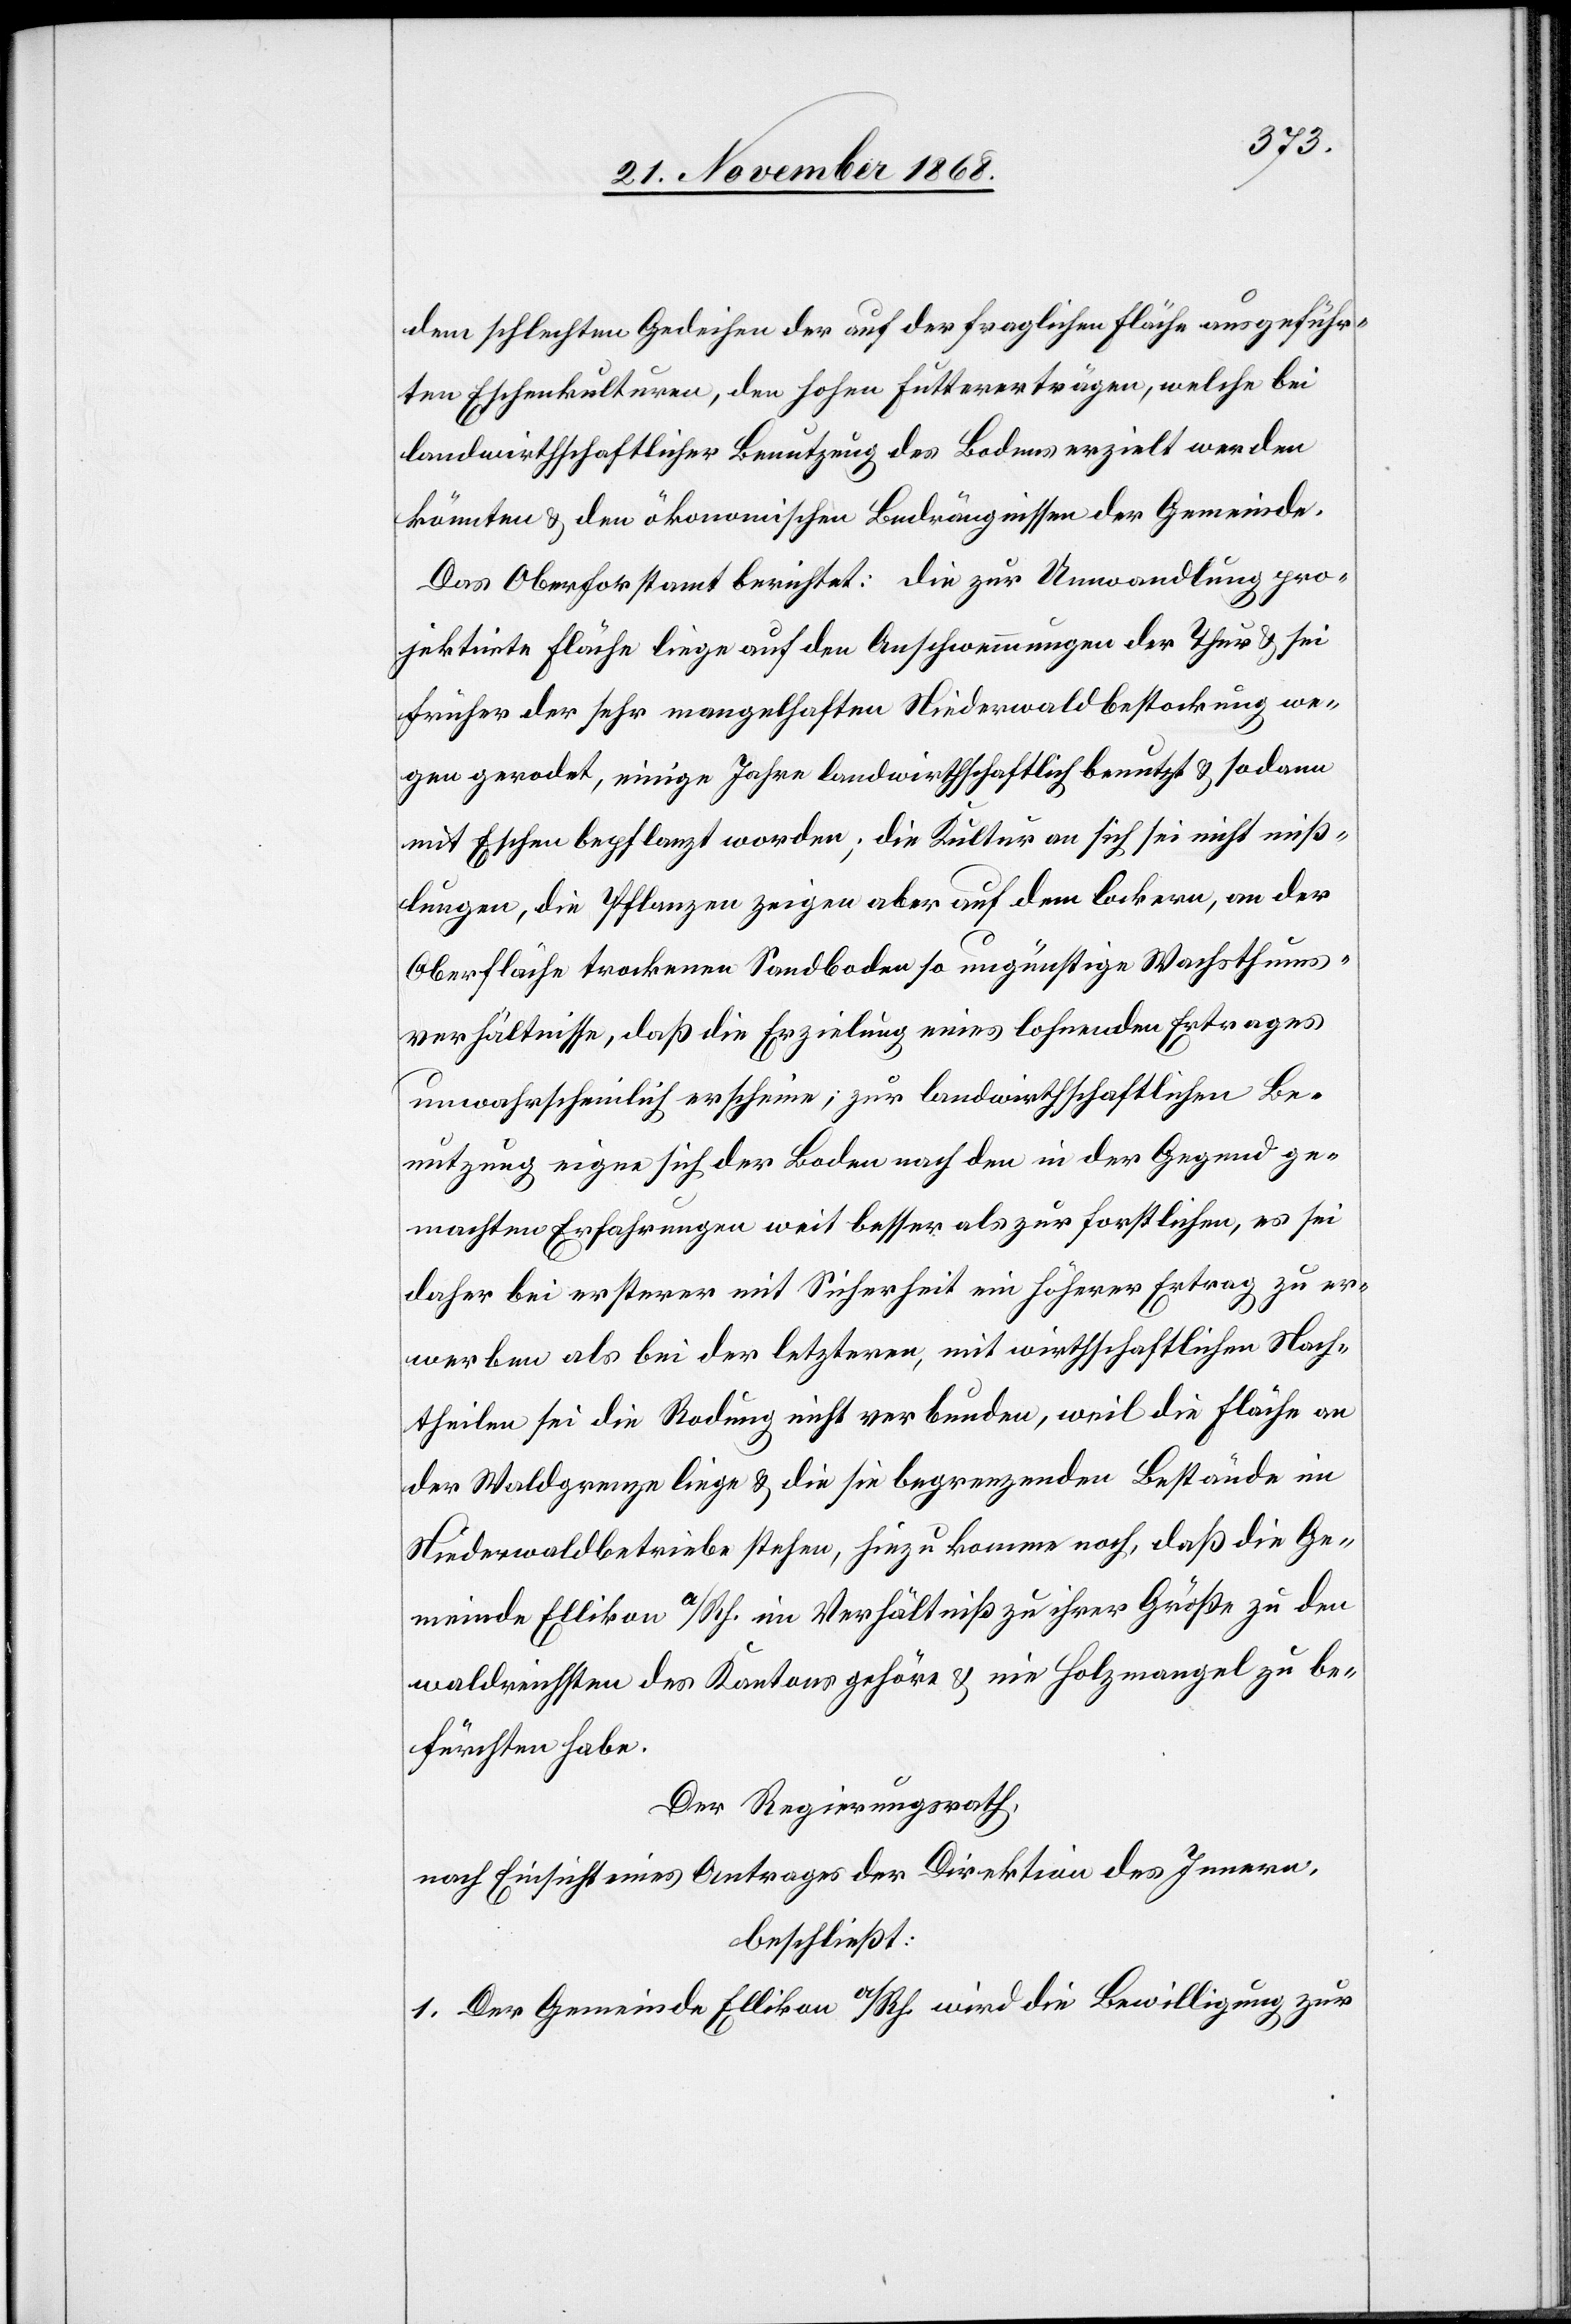
dem schlechten Gedeihen der auf der fraglichen Fläche ausgeführ¬
ten Eschenkulturen, den hohen Futtererträgen, welche bei
landwirthschaftlicher Benutzung des Bodens erzielt werden
könnten & den ökonomischen Bedrängnissen der Gemeinde.
Das Oberforstamt berichtet: Die zur Umwandlung pro¬
jektirte Fläche liege auf den Anschwemmungen der Thur & sei
früher der sehr mangelhaften Niederwaldbestockung we¬
gen gerodet, einige Jahre landwirthschaftlich benutzt & sodann
mit Eschen bepflanzt worden; die Kultur an sich sei nicht miß¬
lungen, die Pflanzen zeigen aber auf dem lockern, an der
Oberfläche trockenen Sandboden so ungünstige Wachsthums¬
verhältnisse, daß die Erzielung eines lohnenden Ertrages
unwahrscheinlich erscheine; zur landwirthschaftlichen Be¬
nutzung eigne sich der Boden nach den in der Gegend ge¬
machten Erfahrungen weit besser als zur forstlichen, es sei
daher bei ersterer mit Sicherheit ein höherer Ertrag zu er¬
werben als bei der letzteren, mit wirthschaftlichen Nach¬
theilen sei die Rodung nicht verbunden, weil die Fläche an
der Waldgrenze liege & die sie begrenzenden Bestände im
Niederwaldbetriebe stehen, hiezu komme noch, daß die Ge¬
meinde Ellikon a/Rh. im Verhältniß zu ihrer Größe zu den
waldreichsten des Kantons gehöre & nie Holzmangel zu be¬
fürchten habe.
Der Regierungsrath,
nach Einsicht eines Antrages der Direktion des Innern,
beschließt:
1. Der Gemeinde Ellikon a/Rh. wird die Bewilligung zur